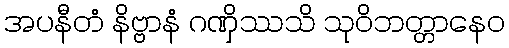
အပနီတံ နိဗ္ဗာနံ ဂဏှိဿသိ သုဝိဘတ္တာနေဝ